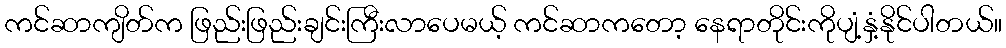
ကင်ဆာကျိတ်က ဖြည်းဖြည်းချင်းကြီးလာပေမယ့် ကင်ဆာကတော့ နေရာတိုင်းကိုပျံ့နှံ့နိုင်ပါတယ်။